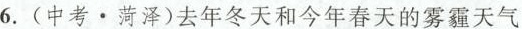
6.(中考\cdot菏泽)去年冬天和今年春天的雾霾天气